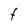
Character: F